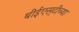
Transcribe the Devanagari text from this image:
बीईएस्‌टीच्या